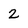
Character: 2